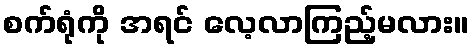
စက်ရုံကို အရင် လေ့လာကြည့်မလား။